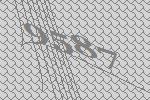
9587